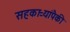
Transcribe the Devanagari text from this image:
सहकाऱ्यांपैकी